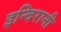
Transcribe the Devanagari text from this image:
इन्दिरानी